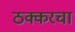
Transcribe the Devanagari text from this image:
ठक्करचा